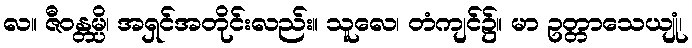
လ။ ဇီဝန္တမ္ပိ၊ အရှင်အတိုင်းလည်း။ သူလေ၊ တံကျင်၌။ မာ ဥတ္တာသေယျုံ၊